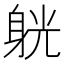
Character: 𨉁